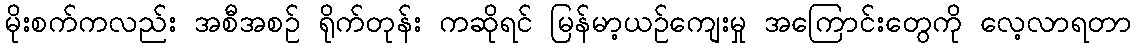
မိုးစက်ကလည်း အစီအစဉ် ရိုက်တုန်း ကဆိုရင် မြန်မာ့ယဉ်ကျေးမှု အကြောင်းတွေကို လေ့လာရတာ